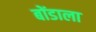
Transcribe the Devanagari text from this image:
बोंडाला